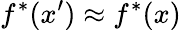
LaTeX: f^{*}(x^{\prime})\approx f^{*}(x)